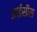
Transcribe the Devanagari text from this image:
आईसीस